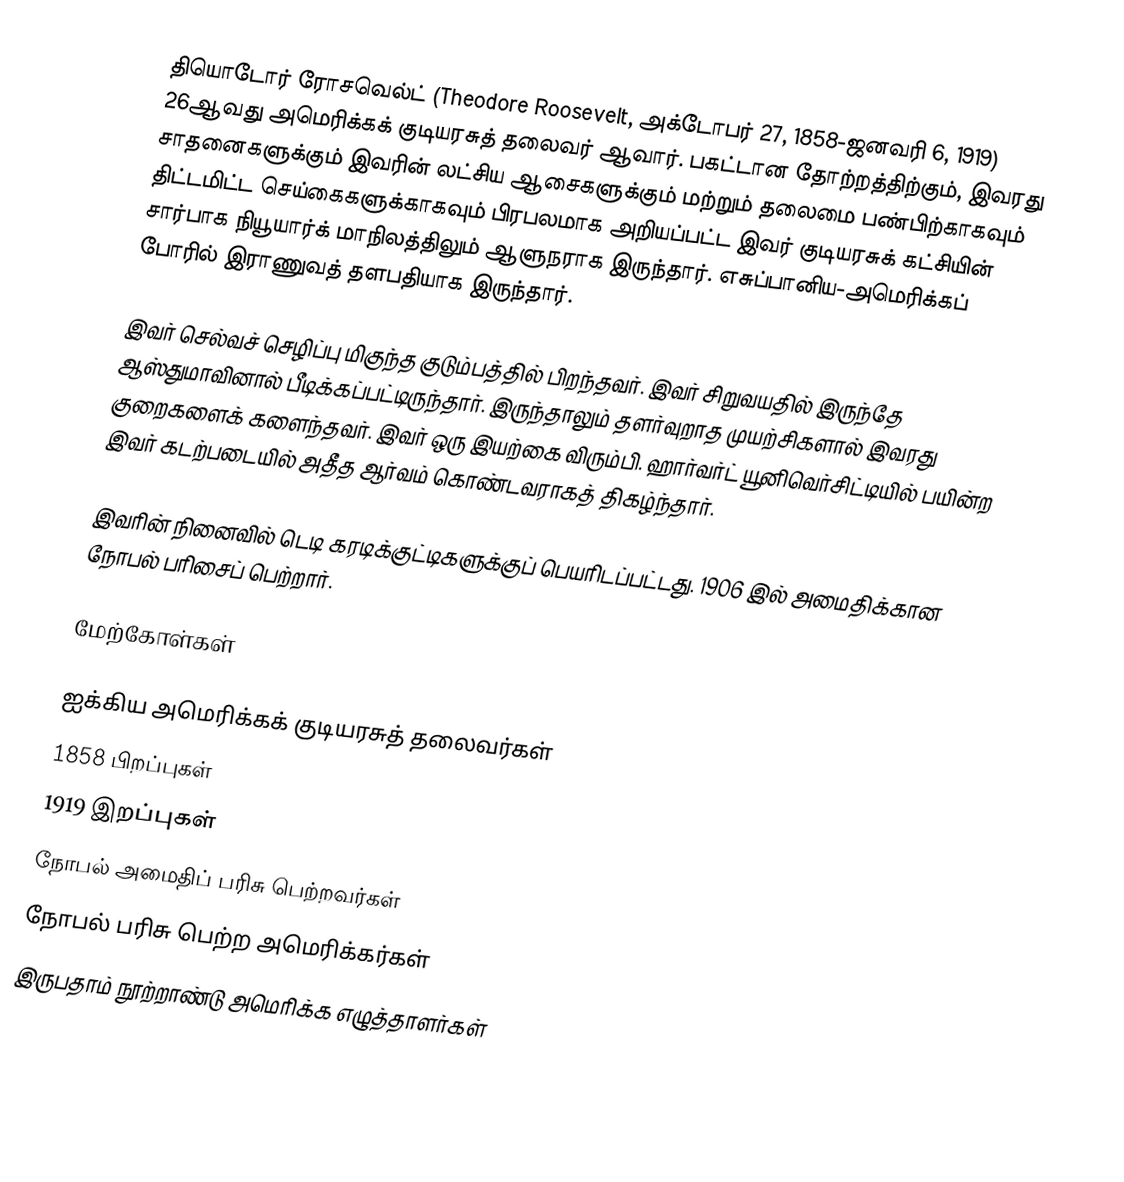
தியொடோர் ரோசவெல்ட் (Theodore Roosevelt, அக்டோபர் 27, 1858-ஜனவரி 6, 1919) 26ஆவது அமெரிக்கக் குடியரசுத் தலைவர் ஆவார். பகட்டான தோற்றத்திற்கும், இவரது சாதனைகளுக்கும் இவரின் லட்சிய ஆசைகளுக்கும் மற்றும் தலைமை பண்பிற்காகவும் திட்டமிட்ட செய்கைகளுக்காகவும் பிரபலமாக அறியப்பட்ட இவர் குடியரசுக் கட்சியின் சார்பாக நியூயார்க் மாநிலத்திலும் ஆளுநராக இருந்தார். எசுப்பானிய-அமெரிக்கப் போரில் இராணுவத் தளபதியாக இருந்தார்.

இவர் செல்வச் செழிப்பு மிகுந்த குடும்பத்தில் பிறந்தவர். இவர் சிறுவயதில் இருந்தே ஆஸ்துமாவினால் பீடிக்கப்பட்டிருந்தார். இருந்தாலும் தளர்வுறாத முயற்சிகளால் இவரது குறைகளைக் களைந்தவர். இவர் ஒரு இயற்கை விரும்பி.  ஹார்வர்ட் யூனிவெர்சிட்டியில் பயின்ற இவர் கடற்படையில் அதீத ஆர்வம் கொண்டவராகத் திகழ்ந்தார்.

இவரின் நினைவில் டெடி கரடிக்குட்டிகளுக்குப் பெயரிடப்பட்டது. 1906 இல் அமைதிக்கான நோபல் பரிசைப் பெற்றார்.

மேற்கோள்கள்

ஐக்கிய அமெரிக்கக் குடியரசுத் தலைவர்கள்
1858 பிறப்புகள்
1919 இறப்புகள்
நோபல் அமைதிப் பரிசு பெற்றவர்கள்
நோபல் பரிசு பெற்ற அமெரிக்கர்கள்
இருபதாம் நூற்றாண்டு அமெரிக்க எழுத்தாளர்கள்